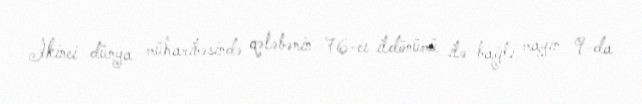
İkinci dünya müharibəsində qələbənin 76-cı ildönümü ilə bağlı mayın 9-da